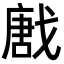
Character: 𢧪